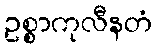
ဥစ္စာကုလီနတံ